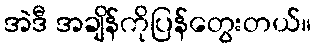
အဲဒီ အချိန်ကိုပြန်တွေးတယ်။